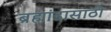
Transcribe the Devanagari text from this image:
ब्रह्मांडासाठी